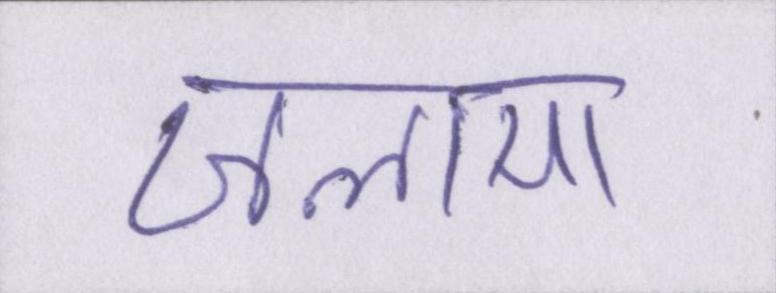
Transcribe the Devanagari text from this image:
जलाया